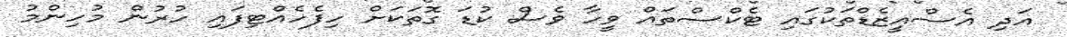
އަދި އެސްއީޒެޑްތަކުގައި ޓެކްސްތައް ވީހާ ވެސް ކުޑަ ގޮތަކަށް ހިފެހެއްޓިފައި ހުރުން މުހިންމު